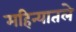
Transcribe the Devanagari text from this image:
महिन्यातले